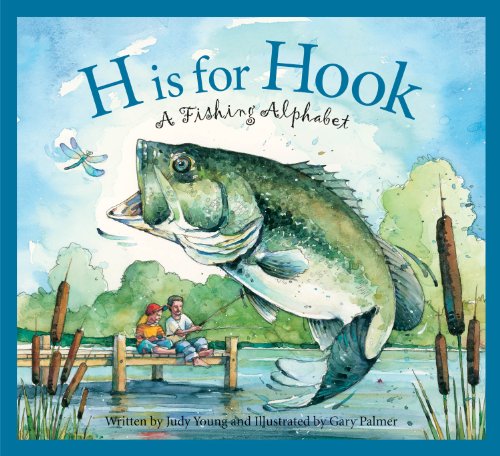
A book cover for H Is for Hook: A Fishing Alphabet (Sports Alphabet); Judy Young; Children's Books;